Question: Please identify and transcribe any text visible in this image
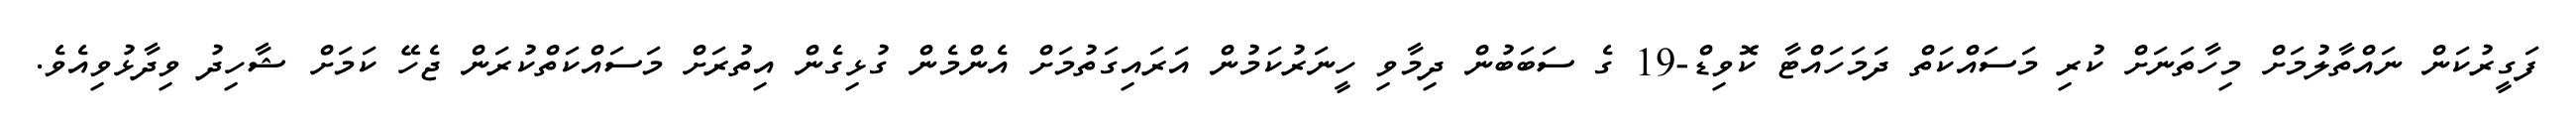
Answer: ފަގީރުކަން ނައްތާލުމަށް މިހާތަނަށް ކުރި މަސައްކަތް ދަމަހައްޓާ ކޮވިޑް-19 ގެ ސަބަބުން ދިމާވި ހީނަރުކަމުން އަރައިގަތުމަށް އެންމެން ގުޅިގެން އިތުރަށް މަސައްކަތްކުރަން ޖެހޭ ކަމަށް ޝާހިދު ވިދާޅުވިއެވެ.